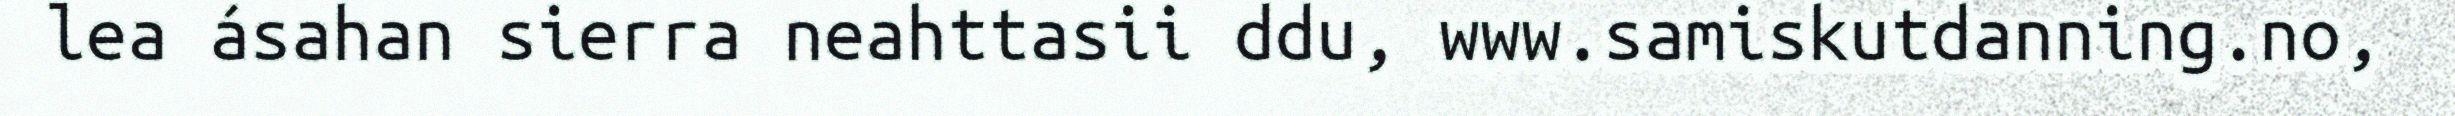
lea ásahan sierra neahttasii ddu, www.samiskutdanning.no,